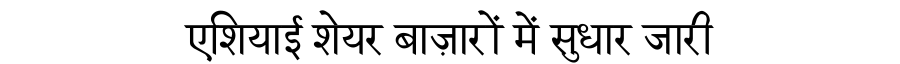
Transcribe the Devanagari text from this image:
एशियाई शेयर बाज़ारों में सुधार जारी